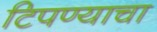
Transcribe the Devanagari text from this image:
टिपण्याचा